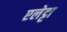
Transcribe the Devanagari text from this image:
एलेट्टा